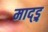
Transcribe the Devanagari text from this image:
माद्ड्र्